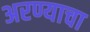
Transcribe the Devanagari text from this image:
अरण्याचा